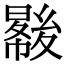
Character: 𡕺